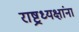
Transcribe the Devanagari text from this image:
राष्ट्रध्यक्षांना